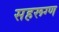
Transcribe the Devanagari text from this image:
सहरूग्ण